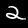
Label: 2